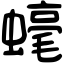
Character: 𧐢